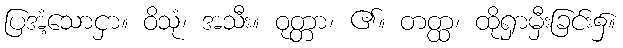
ပြအံ့သောငှာ။ ဝိသုံ၊ အသီး။ ဝုတ္တာ၊ ၏။ တတ္ထ၊ ထိုရှာမှီးခြင်း၌။